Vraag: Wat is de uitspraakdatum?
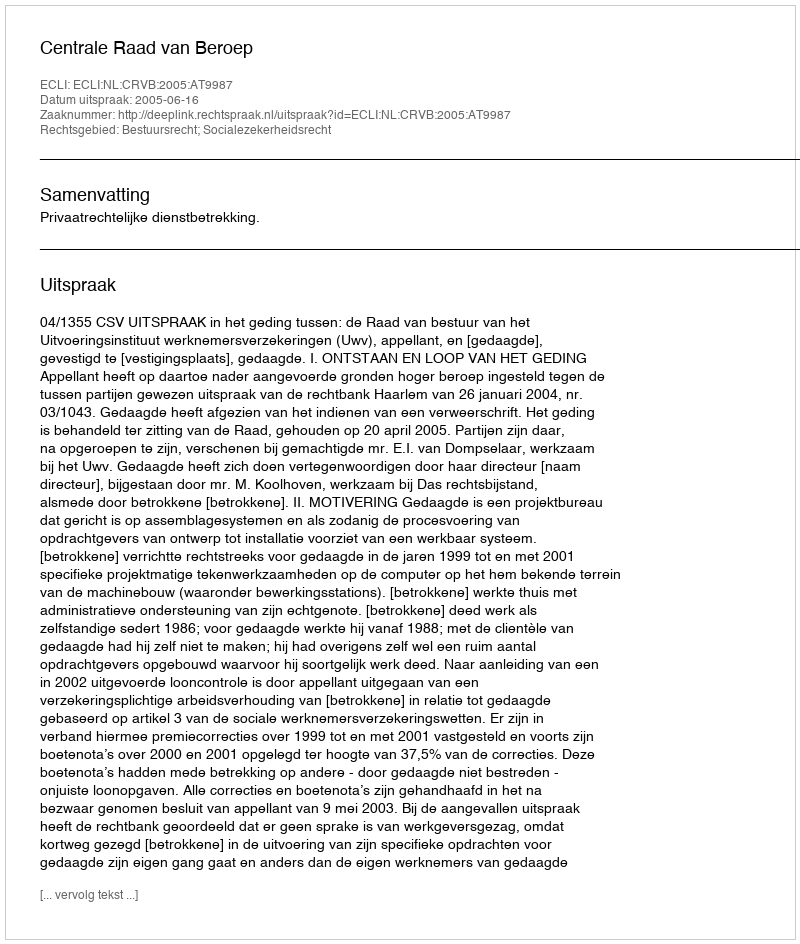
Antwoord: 2005-06-16